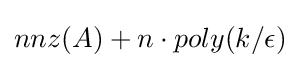
nnz(A)+n\cdot poly(k/\epsilon )